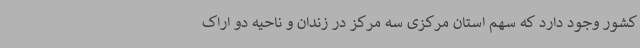
کشور وجود دارد که سهم استان مرکزی سه مرکز در زندان و ناحیه دو اراک